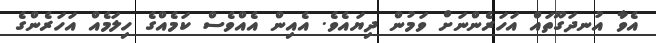
އެވާ އުނދަގޫތައް އަހަރެންނަށް ވަމުން ދިޔައެވެ. އެއިން އެއްވެސް ކަމެއްގެ ހިލަމެއް އަހަރެންގެ